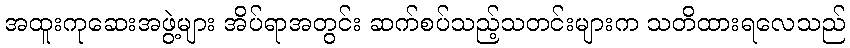
အထူးကုဆေးအဖွဲ့များ အိပ်ရာအတွင်း ဆက်စပ်သည့်သတင်းများက သတိထားရလေသည်